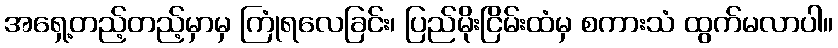
အရှေ့တည့်တည့်မှာမှ ကြုံရလေခြင်း၊ ပြည်မိုးငြိမ်းထံမှ စကားသံ ထွက်မလာပါ။